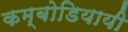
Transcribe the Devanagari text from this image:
कम्बोडियायी